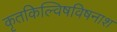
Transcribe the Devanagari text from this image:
कृतकिल्विषविषनाश